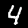
Digit: 4